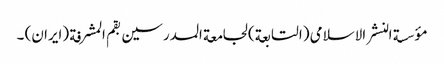
مؤسسة النشر الاسلامی (التابعة) لجامعة المدرسین بقم المشرفة (ایران) ۔